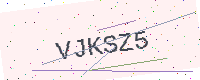
Text: VJKSZ5